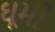
ઘૂમી